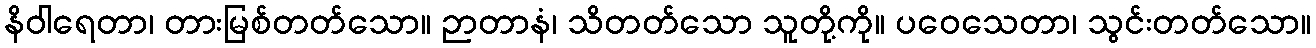
နိဝါရေတာ၊ တားမြစ်တတ်သော။ ဉာတာနံ၊ သိတတ်သော သူတို့ကို။ ပဝေသေတာ၊ သွင်းတတ်သော။